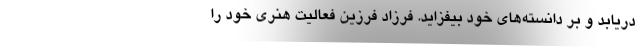
دریابد و بر دانسته‌های خود بیفزاید. فرزاد فرزین فعالیت هنری خود را